Vaccination North-Western Provinces and Oudh 1896-1901 - 1896-1901
Year: 1896
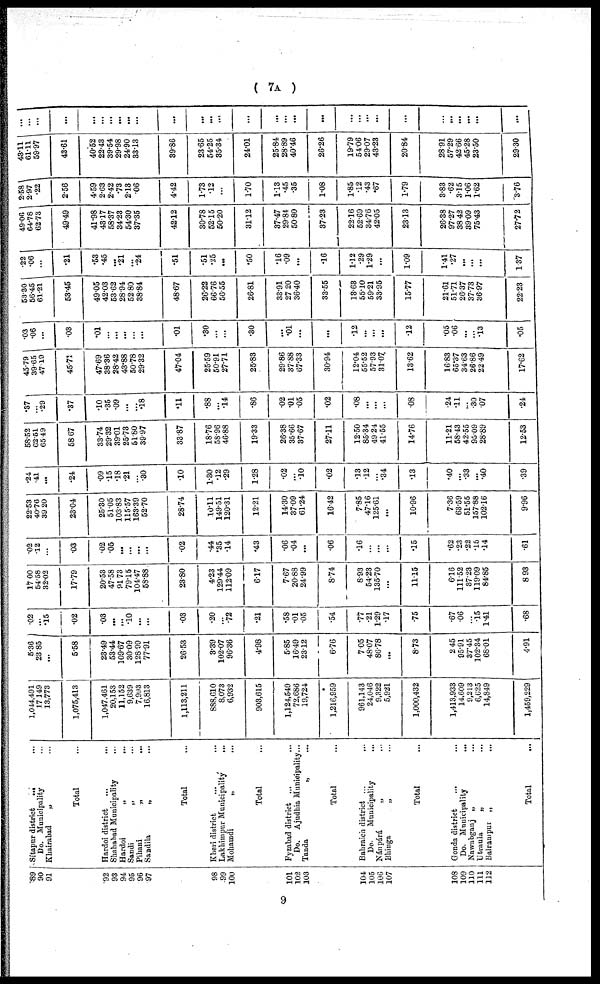
( 7A )
89
90
91
92
93
94
95
96 97
98
99
100
101
102
103
104
105
106
107
108
109
110
111
112
Sitapur district
... ...
Do. Municipality ...
Khairabad
„ ...
Total ...
Hardoi district
...
...
Shahabad Municipality ...
Hardoi
„
...
Sandi
„ ...
Pihani
„
...
Sandila
„ ...
Total ...
Kheri district
...
...
Lakhimpur Municipality
...
Mohamdi
„ ...
Total ...
Fyzabad district ... ...
Do. Ajudhia Municipality ...
Tanda
„ ...
Total ...
Bahraich district
...
...
Do.
Municipality ...
Nánpárá
„ ...
Bhinga
„ ...
Total ...
Gonda district
... ...
Do. Municipality ...
Nawabganj „
...
Utraula
„ ...
Balrampur „ ...
Total
...
1,044,491
17,149
13,773
1,075,413
1,047,461
20,153
11,152
9,639
7,993
16,813
1,113,211
888,610
8,073
6,932
903,615
1,124,549
72,686
19,724
1,216,959
961,143
24,046
9,322
5,921
1,000,432
1,413,933
14,.609
9,213
6,625
14,849
1,459,229
5.36
23.85
...
5.58
23.49
53.44
109.67
30.09
128.99
77.91
26.53
3.39
102.07
96.36
4.98
5.85
16.49
23.12
6.76
7.05
48.07
86.78
...
8.73
2.45
95.91
37.45
102.34
68.01
4.91
.02
...
.15
.02
.03
...
...
.10
...
...
.03
.20
...
.72
.21
.58
.01
.05
.54
.77
.21
1.29
.17
.75
.67
.06
...
.15
1.41
.68
17.00
54.58
32.02
17.79
20.53
47.58
91.73
79.15
104.47
58.88
23.80
4.23
129.44
112.09
6.17
7.67
20.88
24.99
8.74
8.93
54.23
135.70
...
11.15
6.16
111.52
37.23
119.09
84.85
8.93
.02
.12
...
.03
.02
.05
...
...
...
...
.02
.44
.35
.14
.43
.06
.04
...
.06
.16
...
...
...
.15
.62
.23
.22
.15
.14
.61
22.53
40.76
39.20
23.04
25.30
51.05
103.83
115.57
163.39
52.70
28.74
10.11
149.51
120.31
12.21
14.30
37.09
61.24
16.42
7.85
47.16
125.61
...
10.96
7.36
63.59
51.55
157.88
102.16
9.96
.24
.41
...
.24
.09
.15
.18
.21
...
.30
.10
1.30
.12
.29
1.28
.02
...
.10
.02
.13
.12
...
.34
.13
.40
...
.33
...
.40
.39
58.52
62.51
65.49
58.67
33.74
29.32
39.01
25.73
51.80
39.97
33.87
18.76
58.96
46.88
19.33
26.38
35.66
37.67
27.11
12.50
85.34
49.24
41.55
14.76
11.21
58.43
42.55
95.09
28.89
12.53
.37
...
.29
.37
.10
.35
.09
...
...
.18
.11
.88
...
.14
.86
.02
.01
.05
.02
.08
...
...
...
.08
.24
.11
...
.30
.07
.24
45.79
39.65
47.19
45.71
47.69
38.36
28.42
43.88
50.78
29.32
47.04
25.59
50.91
27.71
25.83
29.86
37.88
67.33
30.94
12.04
55.52
57.93
31.07.
13.62
16.83
65.37
34.63
26.86
22.49
17.62
.03
.06
...
.03
.01
...
...
...
...
...
.01
.30
...
...
.30
...
.01
...
...
.12
...
...
...
.12
.05
.06
...
...
.13
.05
53.30
56.45
61.21
53.45
49.05
42.03
53.62
28.94
52.80
38.84
48.67
26.22
66.76
56.55
26.81
33.91
27.20
36.40
33.55
13.63
55.10
59.21
33.95
15.77
21.61
51.71
26.37
37.73
36.97
22.23
.22
.06
...
.21
.53
.45
... .21
...
.24
.51
.51
.25
...
.50
.16
.09
...
.16
1.12
.29
1.29
...
1.09
1.41
.27
...
...
...
1.37
49.06
64.78
62.73
49.49
41.98
43.17
58.37
34.23
54.30
37.35
42.12
30.78
52.15
50.20
31.12
37.47
29.84
50.80
37.23
22.16
52.69
34.76
42.05
23.13
26.38
97.27
38.42
39.09
75.43
27.72
2.58
2.97
.22
2.56
4.59
2.63
2.42
.73
2.13
.06
4.42
1.73
.12
...
1.70
1.13
.45
.35
1.08
1.85
.12
.43
.67
1.79
3.83
.62
3.15
1.06
1.62
3.76
43.11
61.11
59.97
43.61
40.52
22.43
39.54
29.98
24.90
33.13
39.86
23.65
54.25
35.34
24.01
25.84
28.89
40.46
26.26
19.79
54.06
29.07
43.23
20.84
28.91
57.29
... 45.28
23.50
29.30
...
...
...
...
...
...
...
...
...
...
...
...
...
...
...
...
...
...
...
...
...
...
...
...
...
...
...
...
...
...
9